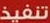
تنفيذ